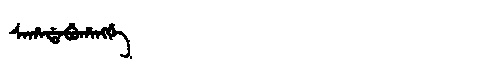
Manchu: ᠰᠠᡥᠠᡩᠠᠪᡠᡥᠠᠩᡤᡝ
Romanization: SAHADABUHANGGE